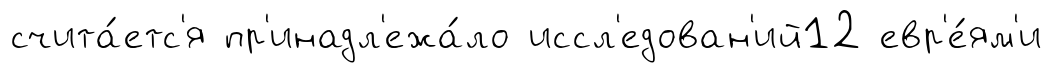
счита́етс'я пр'инадл'ежа́ло иссл'едован'ий12 евр'е́ям'и